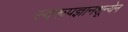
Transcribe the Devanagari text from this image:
स्वरूपज्ञानशून्येन